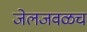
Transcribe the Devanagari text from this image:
जेलजवळच